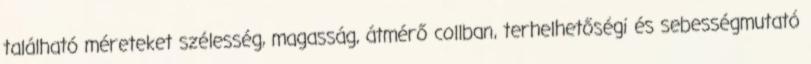
található méreteket szélesség, magasság, átmérő collban, terhelhetőségi és sebességmutató